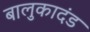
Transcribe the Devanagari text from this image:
बालुकादंड